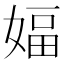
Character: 𫱆